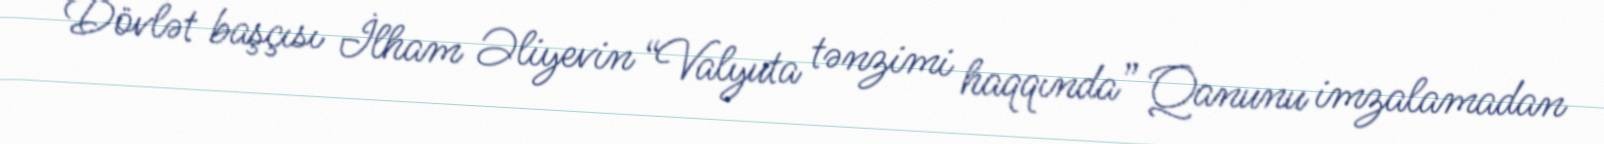
Dövlət başçısı İlham Əliyevin “Valyuta tənzimi haqqında” Qanunu imzalamadan